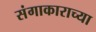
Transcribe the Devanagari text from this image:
संगाकाराच्या